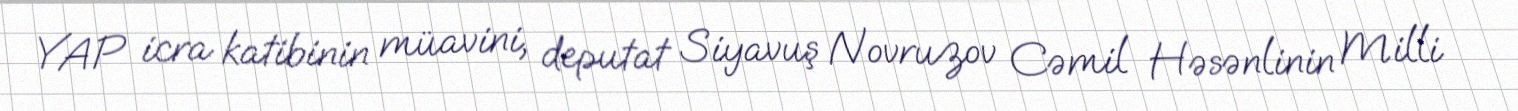
YAP icra katibinin müavini, deputat Siyavuş Novruzov Cəmil Həsənlinin Milli